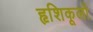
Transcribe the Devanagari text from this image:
हृशिकूलों